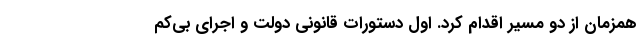
همزمان از دو مسیر اقدام کرد. اول دستورات قانونی دولت و اجرای بی‌کم